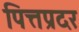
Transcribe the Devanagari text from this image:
पित्तप्रदर